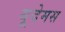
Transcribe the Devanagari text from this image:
यूदेमस